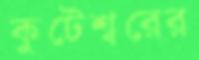
কুটেশ্বরের